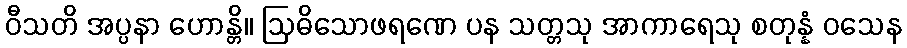
ဝီသတိ အပ္ပနာ ဟောန္တိ။ ဩဓိသောဖရဏေ ပန သတ္တသု အာကာရေသု စတုန္နံ ဝသေန